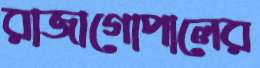
রাজাগোপালের